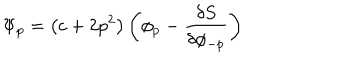
\Psi _ { p } = \left( c + 2 p ^ { 2 } \right) \left( \phi _ { p } - \frac { \delta S } { \delta \phi _ { - p } } \right)